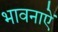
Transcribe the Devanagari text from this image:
भावनाऐं